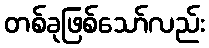
တစ်ခုဖြစ်သော်လည်း